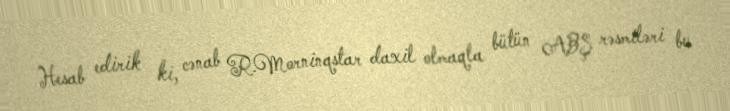
Hesab edirik ki, cənab R.Morninqstar daxil olmaqla bütün ABŞ rəsmiləri bu